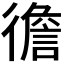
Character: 𢕻